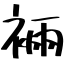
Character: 裲